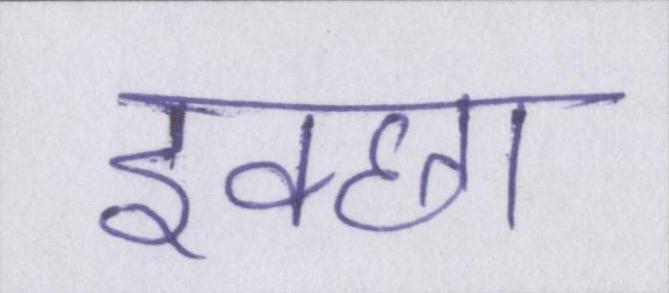
इक्छा